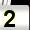
Digit: 2